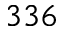
3 3 6